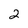
Character: 2